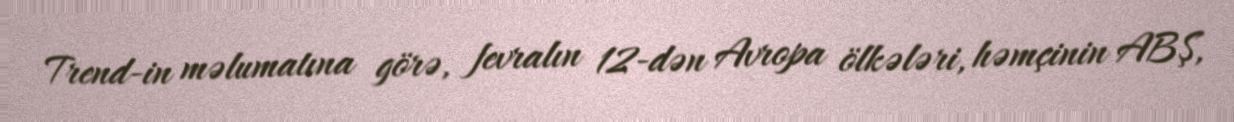
Trend-in məlumatına görə, fevralın 12-dən Avropa ölkələri, həmçinin ABŞ,